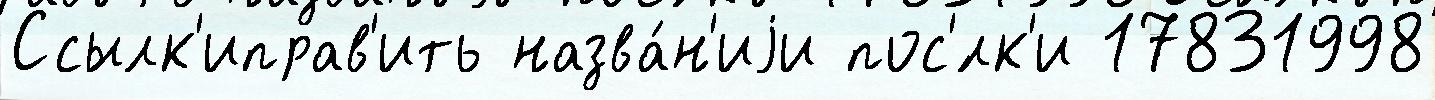
Ссылк'иправ'ить назва́н'иjи пос'́лк'и 17831998